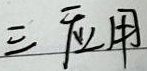
三、应用